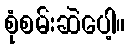
စုံစမ်းဆဲပေါ့။